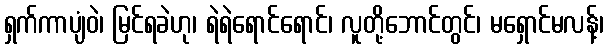
ရှက်ကာပျံဝဲ၊ မြင်ရခဲဟု၊ ရဲရဲရောင်ရောင်၊ လူတို့ဘောင်တွင်၊ မရှောင်မလန့်၊